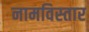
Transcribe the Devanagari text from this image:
नामविस्‍तार